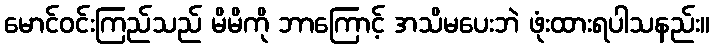
မောင်ဝင်းကြည်သည် မိမိကို ဘာကြောင့် အသိမပေးဘဲ ဖုံးထားရပါသနည်း။